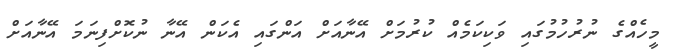
މީހެއްގެ ނުރުހުމުގައި ވަކިކަމެއް ކުރުމަށް އޭނާއަށް އަންގައި އެކަން އޭނާ ނުކޮށްފިނަމަ އޭނާއަށް